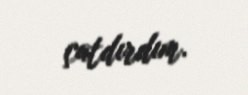
çatdırdım.